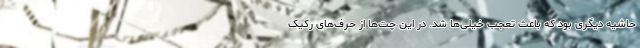
حاشیه دیگری بود که باعث تعجب خیلی‌ها شد. در این چت‌ها از حرف‌های رکیک